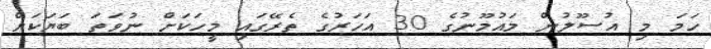
ހަމަ މި އުސޫލުން މައުމޫނުގެ 30 އަހަރުގެ ތެރޭގައި މީހަކަށް ނުވަތަ ބަޔަކަށް